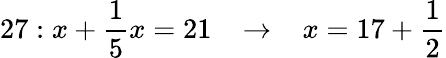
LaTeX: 27:x+{\frac{1}{5}}x=21\; \; \; \rightarrow\; \; \; x=17+{\frac{1}{2}}